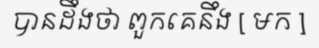
បានដឹងថា ពួកគេនឹង [ មក ]